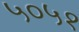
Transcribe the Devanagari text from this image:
५०५१